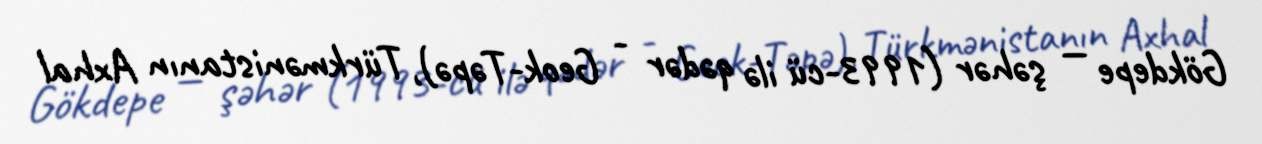
Gökdepe — şəhər (1993-cü ilə qədər - Geok-Təpə), Türkmənistanın Axhal